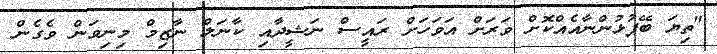
"ތިޔަ ބޭފުޅުންނާއެއްކޮށް ވަރަށް އަވަހަށް ރައީސް ނަޝީދާއި ކާނަލް ނާޒިމް މިނިވަން ވެގެން